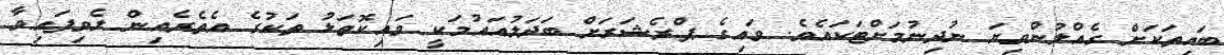
ބައިތަކަށް ގެއްލުންވިޔަ ނުދިނުމަށްޓަކައެވެ. ވައިގެ ޕްރެޝަރަށް ބަދަލުއައުމަކީ ވައިކޮތަޅު ތަކުގެ އެތެރެއިން ލެވިފައިވާ